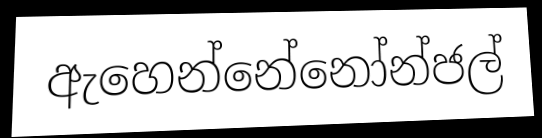
ඇහෙන්නේනෝන්ජල්